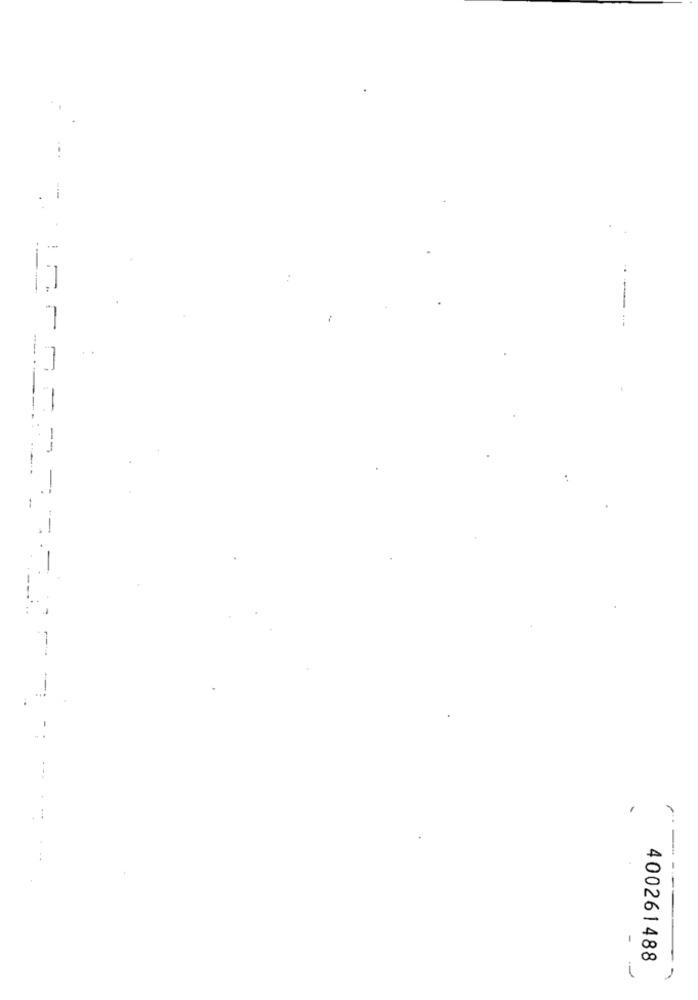
--
400261488